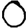
Digit: 0